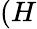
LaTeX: (H